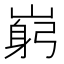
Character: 𡺺